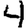
Digit: 4